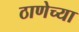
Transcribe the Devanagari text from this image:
ठाणेच्‍या